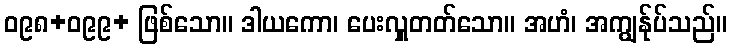
ဝ၉၈+ဝ၉၉+ ဖြစ်သော။ ဒါယကော၊ ပေးလှူတတ်သော။ အဟံ၊ အကျွန်ုပ်သည်။